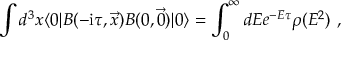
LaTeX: \int d ^ { 3 } x \langle 0 | B ( - \mathrm { i } \tau , \vec { x } ) B ( 0 , \vec { 0 } ) | 0 \rangle = \int _ { 0 } ^ { \infty } d E e ^ { - E \tau } \rho ( E ^ { 2 } ) \ ,